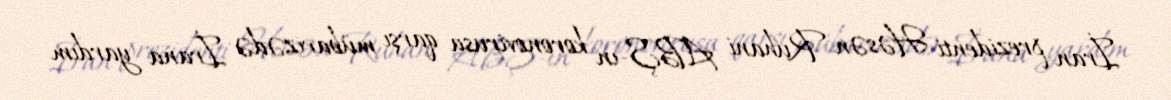
İran prezidenti Həsən Ruhani ABŞ-ın koronovirusa qarşı mübarizədə İrana yardım